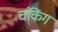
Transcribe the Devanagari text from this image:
चंकिंग